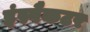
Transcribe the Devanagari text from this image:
इंस्पैकटर